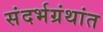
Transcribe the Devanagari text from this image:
संदर्भग्रंथांत